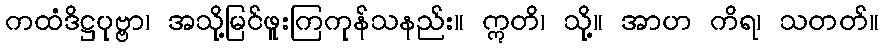
ကထံဒိဋ္ဌပုဗ္ဗာ၊ အသို့မြင်ဖူးကြကုန်သနည်း။ ဣတိ၊ သို့။ အာဟ ကိရ၊ သတတ်။